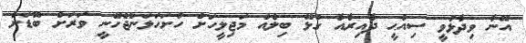
އޭނާ ވިދާޅުވީ ސިއްޙީ ދާއިރާއާ ގުޅޭ ބިލެއް މަޖިލީހަށް ހުށަހަޅަންޖެހޭނީ ވަރަށް ބޮޑަށް